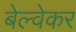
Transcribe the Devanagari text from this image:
बेल्वेकर